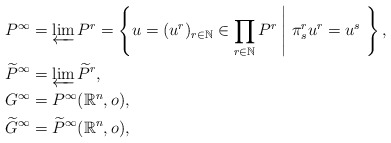
\begin{align*}P^\infty&=\varprojlim P^r=\left\{u=(u^r)_{r\in\mathbb{N}}\in\prod_{r\in\mathbb{N}}P^r\;\middle|\;\pi^r_su^r=u^s\ \right\},\\*\widetilde{P}^\infty&=\varprojlim\widetilde{P}^r,\\*G^\infty&=P^\infty(\mathbb{R}^n,o),\\*\widetilde{G}^\infty&=\widetilde{P}^\infty(\mathbb{R}^n,o),\end{align*}